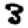
Digit: 3